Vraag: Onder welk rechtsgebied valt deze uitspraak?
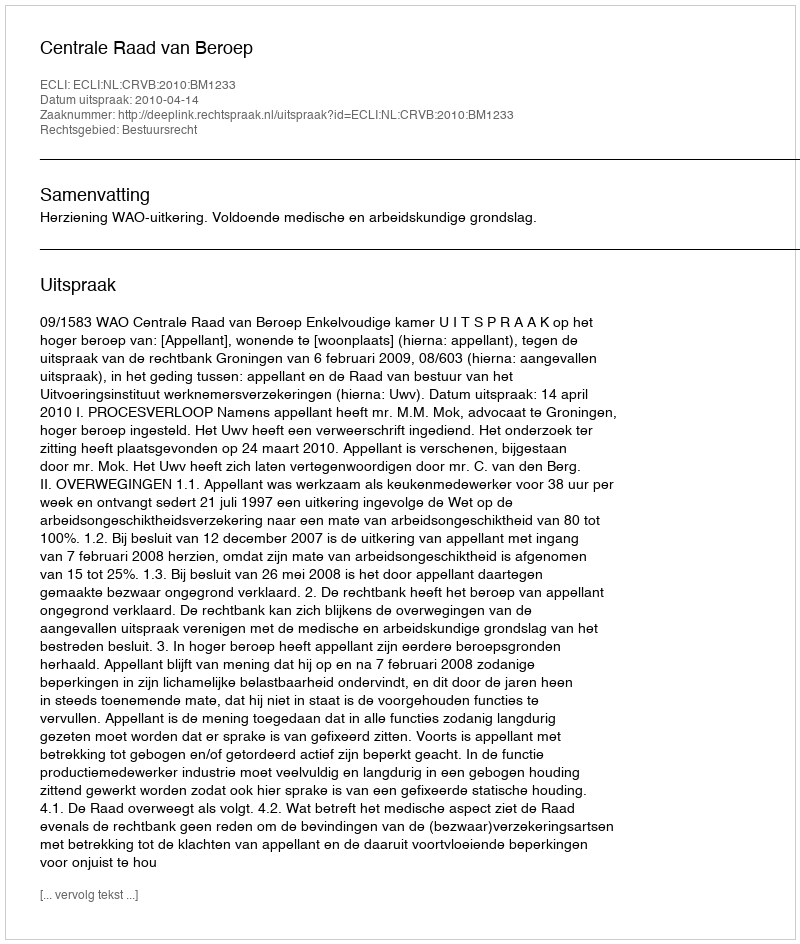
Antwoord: Bestuursrecht